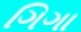
ગિગા